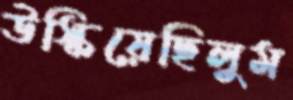
উস্‌কিয়েছিলুম